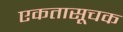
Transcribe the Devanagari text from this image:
एकतासूचक